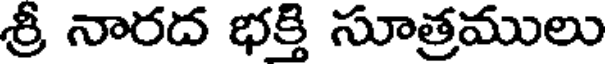
శ్రీ నారద భక్తి సూత్రములు